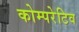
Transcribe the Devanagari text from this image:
कोम्परेटिव